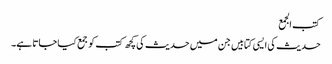
کتب الجمع
حدیث کی ایسی کتابیں جن میں حدیث کی کچھ کتب کو جمع کیا جاتا ہے۔